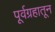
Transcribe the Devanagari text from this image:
पूर्वग्रहातून